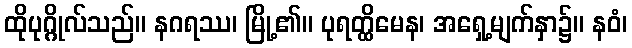
ထိုပုဂ္ဂိုလ်သည်။ နဂရဿ၊ မြို့၏။ ပုရတ္ထိမေန၊ အရှေ့မျက်နှာ၌။ နဝံ၊